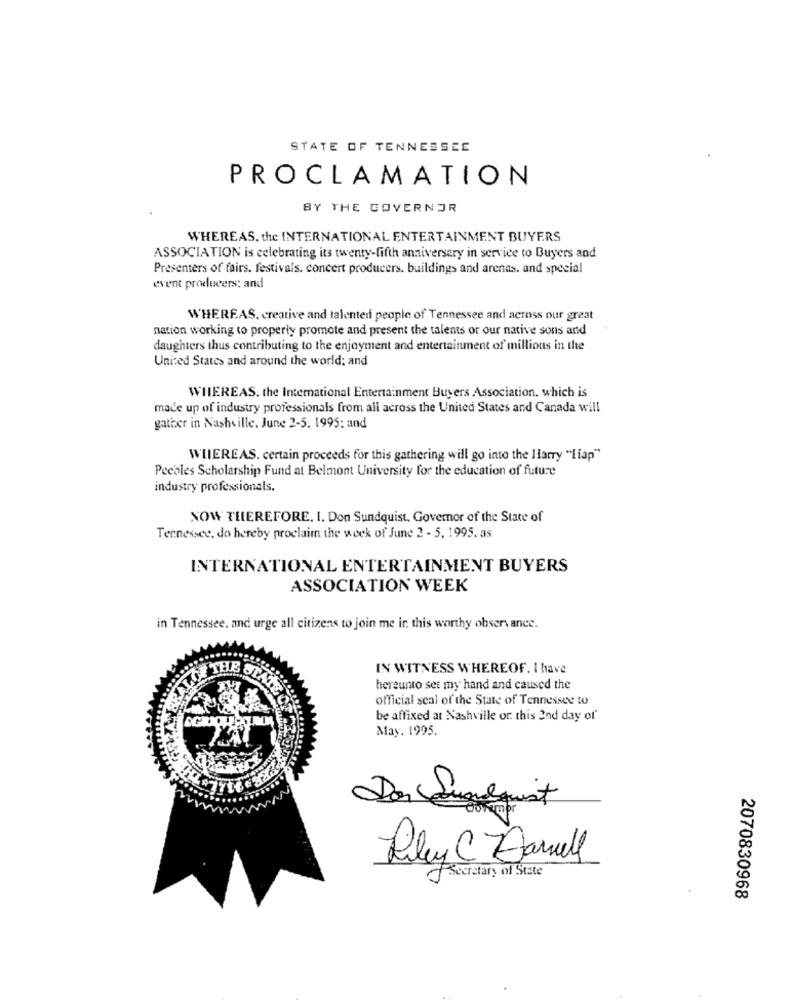
STATE OF TENNESSEE
PROCLAMATION
BY THE GOVERNOR
WHEREAS. the INTERNATIONAL ENTERTAINMENT BUYERS
ASSOCIATION is celebrating its twenty-fifth anniversary in service to Buyers and
Presenters of fairs. festivals. concert producers. buildings and arends. and special
event producers: and
WHEREAS, creative and talented people of Tennessee and across our great
nation working to properly promote and present the talents or our native sons and
daughters thus contributing to the enjoyment and entertainment of millions in the
United States and around the world; and
WHEREAS. the International Entertainment Buyers Association, which is
made up of industry professionals from all across the United States and Canada will
gather in Nashville. June 2-5. 1995: and
WHEREAS. certain proceeds for this gathering will go into the Harry "[iap"
Pecales Scholarship Fund at Belmont University for the education of future
industry professionals.
NOW THEREFORE. I. Don Sundquist, Governor of the State of
Tennessee, do hereby proclaim the week of June 2 - 5. 1995. as
INTERNATIONAL ENTERTAINMENT BUYERS
ASSOCIATION WEEK
in Tennessee, and urge all citizens to join me in this worthy observ ance.
IN WITNESS WHEREOF. I have
hereunto set my hand and caused the
official scal of the State of Tennessee to
be affixed at Nashville or. this 2nd day of
May. 1995.
Riley C Darrell
Secretary of State
2070830968